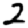
Digit: 2